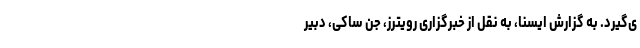
ی‌گیرد. به گزارش ایسنا، به نقل از خبرگزاری رویترز، جن ساکی، دبیر